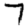
Digit: 7